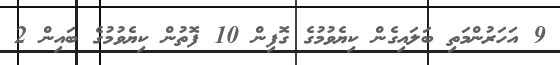
9 އަހަރުންމަތި ބަލައިގެން ކިޔެވުމުގެ ގޮފިން 10 ފޮތުން ކިޔެވުމުގެ ބައިން 2